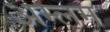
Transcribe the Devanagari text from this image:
अम्लम